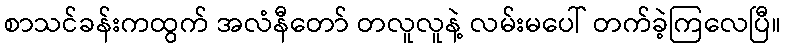
စာသင်ခန်းကထွက် အလံနီတော် တလူလူနဲ့ လမ်းမပေါ် တက်ခဲ့ကြလေပြီ။